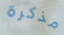
مذكرة